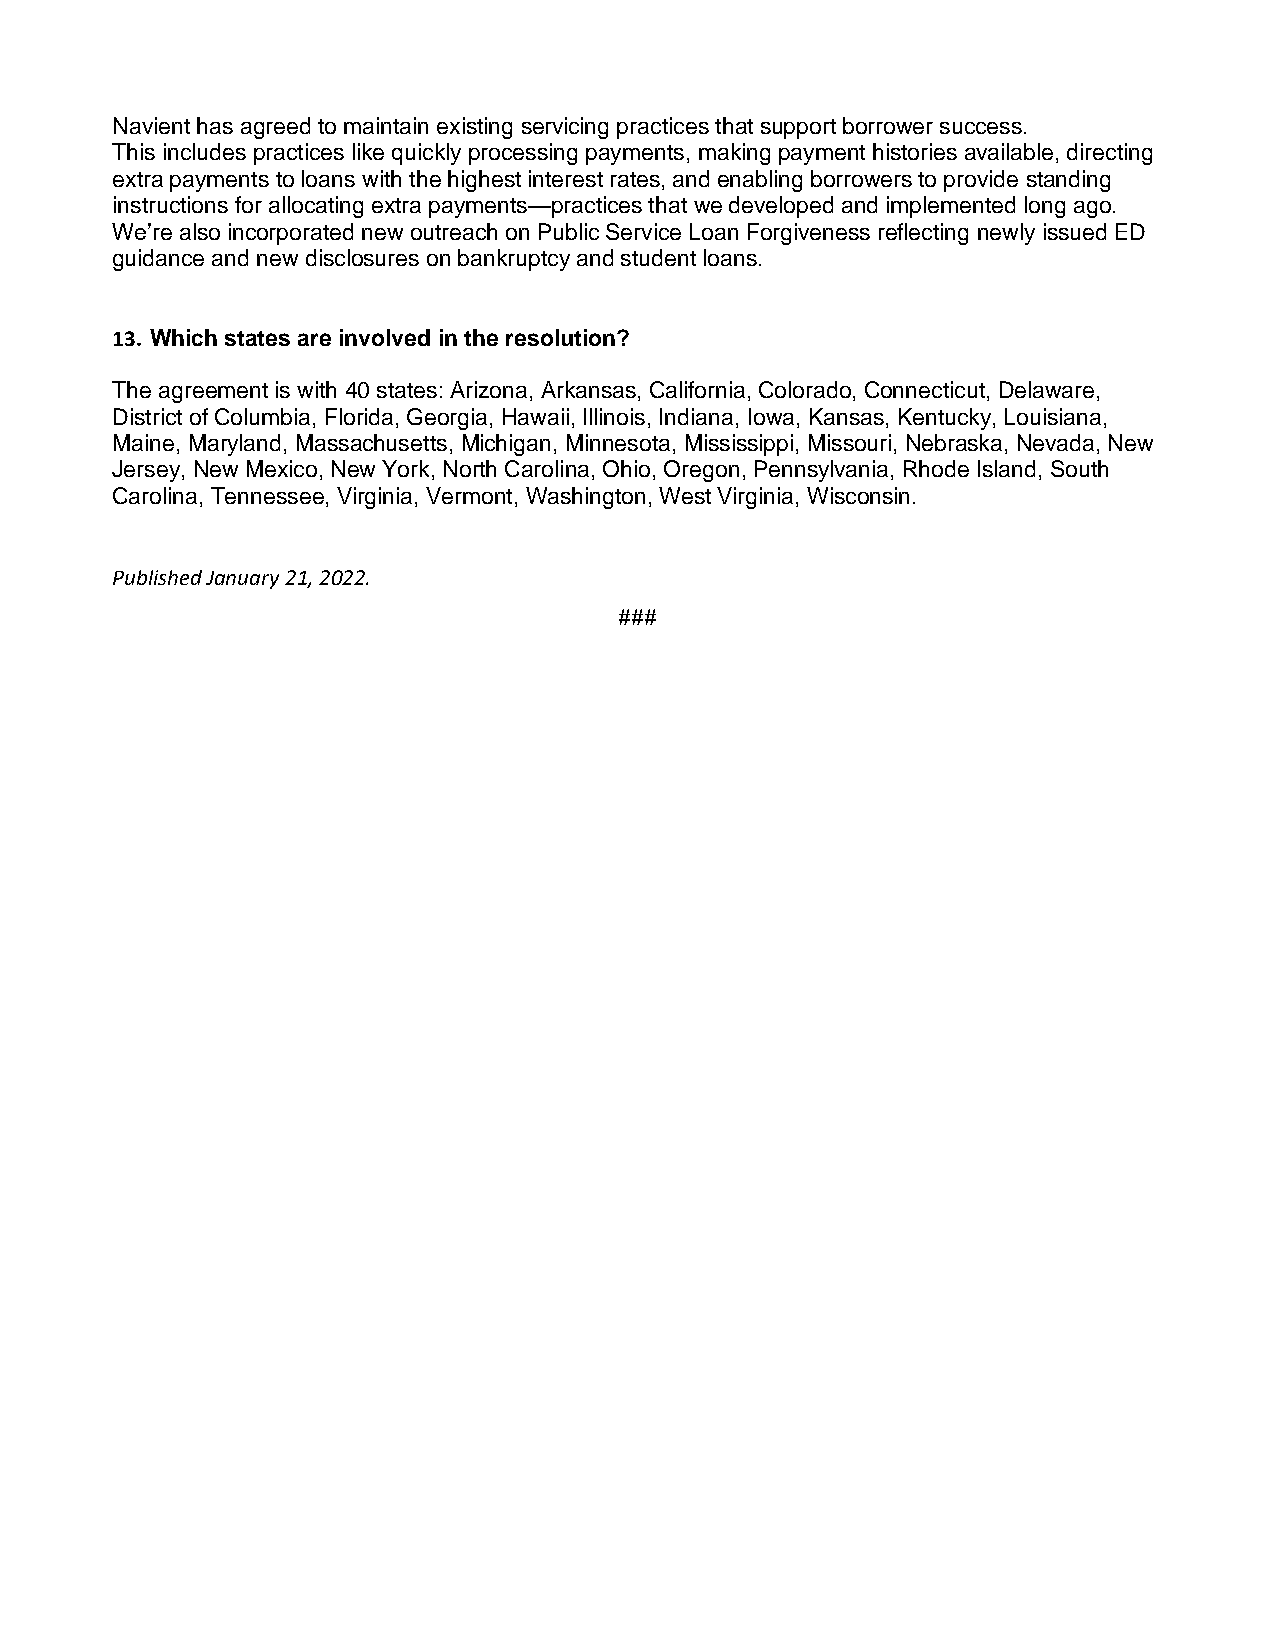
Navient has agreed to maintain existing servicing practices that support borrower success.
 This includes practices like quickly processing payments, making payment histories available, directing
 extra payments to loans with the highest interest rates, and enabling borrowers to provide standing
 instructions for allocating extra payments—practices that we developed and implemented long ago.
 We’re also incorporated new outreach on Public Service Loan Forgiveness reflecting newly issued ED
 guidance and new disclosures on bankruptcy and student loans.
 13. Which states are involved in the resolution?
 The agreement is with 40 states: Arizona, Arkansas, California, Colorado, Connecticut, Delaware,
 District of Columbia, Florida, Georgia, Hawaii, Illinois, Indiana, Iowa, Kansas, Kentucky, Louisiana,
 Maine, Maryland, Massachusetts, Michigan, Minnesota, Mississippi, Missouri, Nebraska, Nevada, New
 Jersey, New Mexico, New York, North Carolina, Ohio, Oregon, Pennsylvania, Rhode Island, South
 Carolina, Tennessee, Virginia, Vermont, Washington, West Virginia, Wisconsin.
 Published January 21, 2022.
 ###